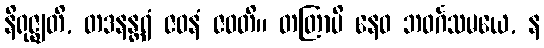
နိရုဇ္ဈတိ, တဒနန္တရံ ဇဝနံ ဇဝတိ။ တတြာပိ နေဝ ဘဝင်္ဂသမယေ, န